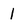
Character: 1